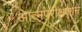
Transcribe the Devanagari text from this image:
आत्मपरीक्षणाने